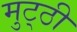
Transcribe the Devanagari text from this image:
मुट्‌ठी